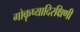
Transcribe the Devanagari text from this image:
गोकृष्यादिरक्षिणी